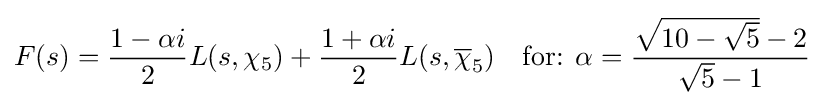
F(s)={\frac {1-\alpha i}{2}}L(s,\chi _{5})+{\frac {1+\alpha i}{2}}L(s,{\overline {\chi }}_{5})\quad {\text{for: }}\alpha ={\frac {{\sqrt {10-{\sqrt {5}}}}-2}{{\sqrt {5}}-1}}